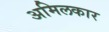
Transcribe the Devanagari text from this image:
अमिलकार